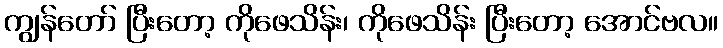
ကျွန်တော် ပြီးတော့ ကိုဖေသိန်း၊ ကိုဖေသိန်း ပြီးတော့ အောင်ဗလ။